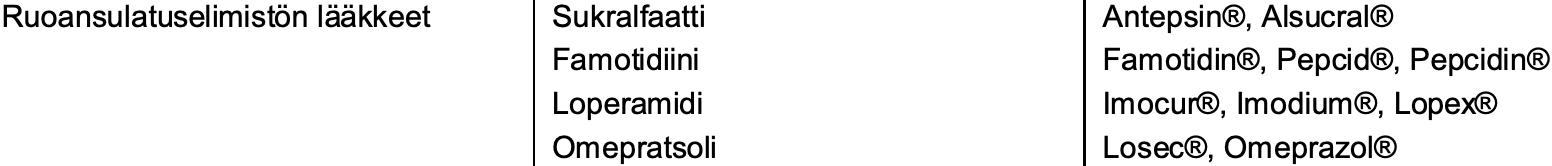
Ruoansulatuselimistön lääkkeet Sukralfaatti Antepsin®, Alsucral® Famotidiini        Famotidin®, Pepcid®, Pepcidin® Loperamidi         Imocur®, Imodium®, Lopex® Omepratsoli        Losec®, Omeprazol®